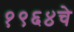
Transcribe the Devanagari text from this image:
१९६४चे